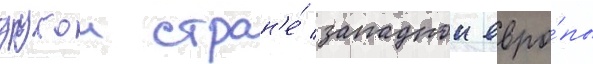
другои стран'е́ западнои евро́пы